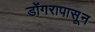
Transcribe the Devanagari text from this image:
डोंगरापासून